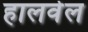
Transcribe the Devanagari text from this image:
हालवेल